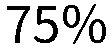
75%